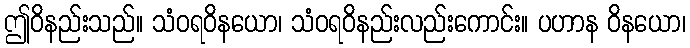
ဤဝိနည်းသည်။ သံဝရဝိနယော၊ သံဝရဝိနည်းလည်းကောင်း။ ပဟာန ဝိနယော၊